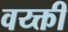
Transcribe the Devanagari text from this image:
वय्क्ती